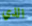
الذي